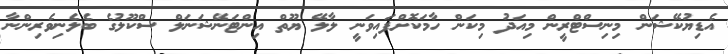
އެޑިޔުކޭޝަން މިނިސްޓްރީން މިއަދު މިކަން ހާމަކޮށްފައިވަނީ ލާލޭ ޔޫތް އިންޓަނޭޝަނަލް ސްކޫލުގެ ބެލެނިވެރިންނާ